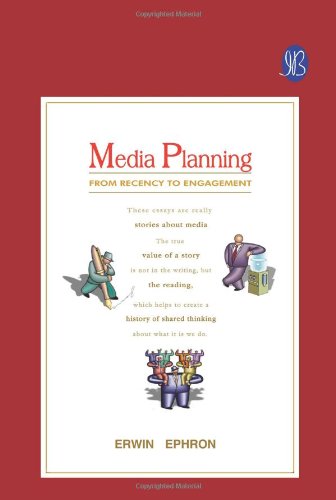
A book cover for Media Planning - From Recency to Engagement; Erwin Ephron; Business & Money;